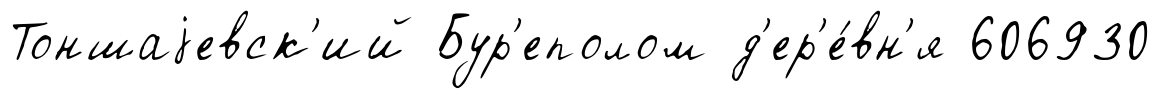
Тоншаjевск'ий Бур'еполом д'ер'е́вн'я 606930